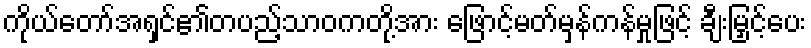
ကိုယ်တော်အရှင်၏တပည့်သာဝကတို့အား ဖြောင့်မတ်မှန်ကန်မှုဖြင့် ချီးမြှင့်ပေး